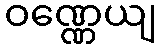
ဝဏ္ဏေယျ